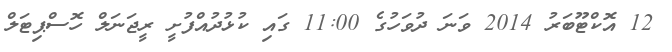
12 އޮކްޓޫބަރު 2014 ވަނަ ދުވަހުގެ 11:00 ގައި ކުޅުދުއްފުށީ ރީޖަނަލް ހޮސްޕިޓަލް